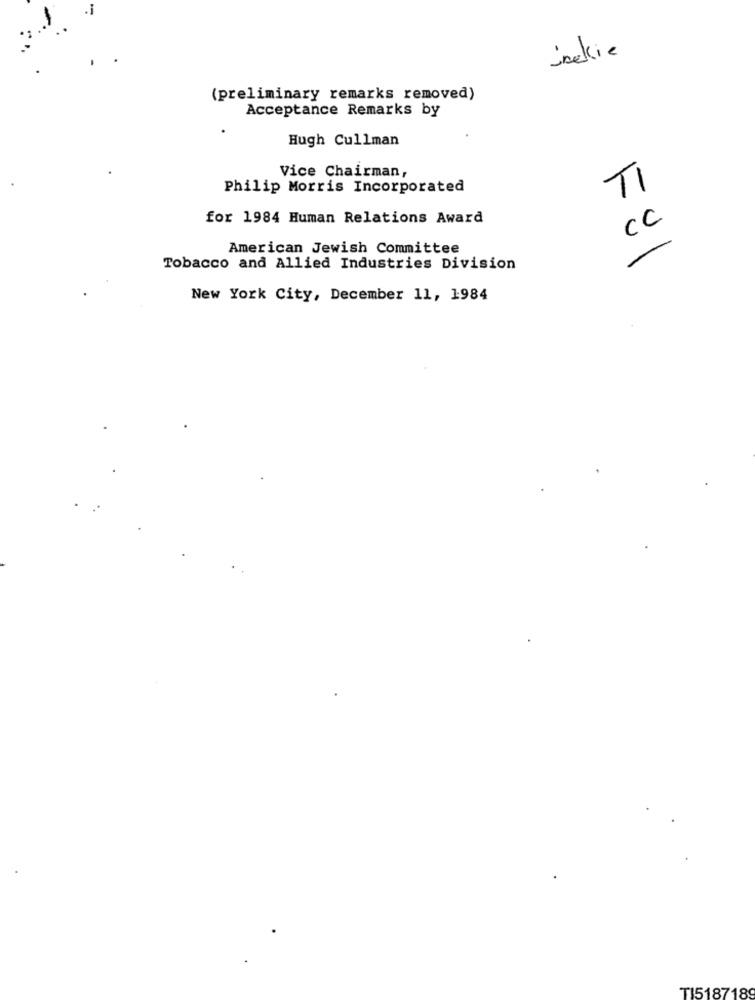
.i
Jackie
(preliminary remarks removed)
Acceptance Remarks by
Hugh Cullman
Vice Chairman,
Philip Morris Incorporated
TI
for 1984 Human Relations Award
CC
American Jewish Committee
Tobacco and Allied Industries Division
New York City, December 11, 1984
TI5187189